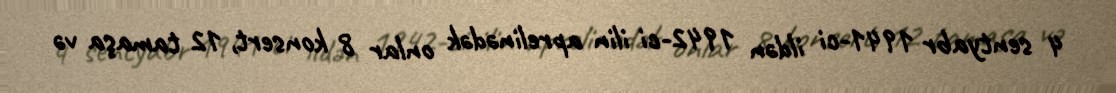
4 sentyabr 1941-ci ildən 1942-ci ilin aprelinədək onlar 8 konsert, 12 tamaşa və